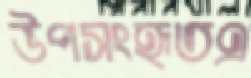
উপসংহৃতএ